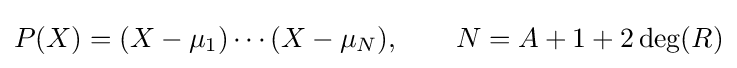
P(X)=(X-\mu _{1})\cdots (X-\mu _{N}),\qquad N=A+1+2\deg(R)